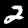
Digit: 2